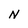
Character: N